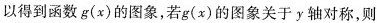
以得到函数g(x)的图象,若g(x)的图象关于y轴对称，则